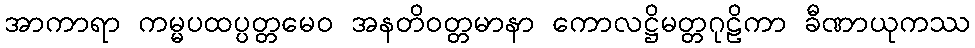
အာကာရာ ကမ္မပထပ္ပတ္တမေဝ အနတိဝတ္တမာနာ ကောလဋ္ဌိမတ္တဂုဠိကာ ခီဏာယုကဿ